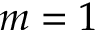
m = 1